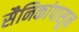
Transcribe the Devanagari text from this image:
सैनिकांपासून